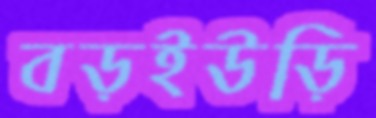
বড়ইউড়ি